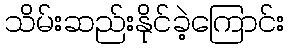
သိမ်းဆည်းနိုင်ခဲ့ကြောင်း